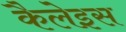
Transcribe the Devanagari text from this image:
कैलेइस